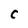
Character: C